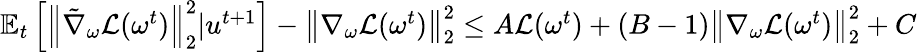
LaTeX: \begin{array}{r}{\mathbb{E}_{t}\left[\left\| \tilde{\nabla}_{\omega}\mathcal{L}(\omega^{t})\right\| _{2}^{2}|u^{t+1}\right]-\left\| \nabla_{\omega}\mathcal{L}(\omega^{t})\right\| _{2}^{2}\leq A\mathcal{L}(\omega^{t})+(B-1)\left\| \nabla_{\omega}\mathcal{L}(\omega^{t})\right\| _{2}^{2}+C}\end{array}